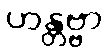
ဟန္တဗ္ဗာ